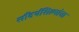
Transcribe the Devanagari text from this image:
सौंदर्यशिल्पांचा